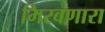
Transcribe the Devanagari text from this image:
मिरवणारा